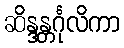
ဆိန္ဒန္တင်္ဂုလိကာ